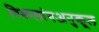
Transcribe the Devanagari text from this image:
विकलांगअनुकूल